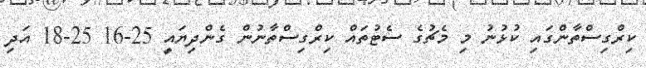
ކިރްގިސްތާންގައި ކުޅުނު މި މެޗުގެ ސެޓުތައް ކިރްގިސްތާނުން ގެންދިޔައީ 25-16 25-18 އަދި